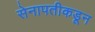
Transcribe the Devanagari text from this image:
सेनापतीकडून